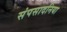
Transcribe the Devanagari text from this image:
संपसादनिया